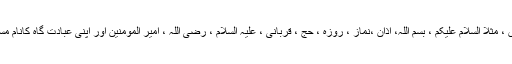
اور تمام شعائر اسلامی اور دوسری اسلامی اصطلاحیں ، مثلاً السلام علیکم ، بسم اللہ، اذان ،نماز ، روزہ ، حج ، قربانی ، علیہ السلام ، رضی اللہ ، امیر المومنین اور اپنی عبادت گاہ کانام مسجد رکھنا وغیرہ کا کثرت سے استعمال کررہے ہیں ۔